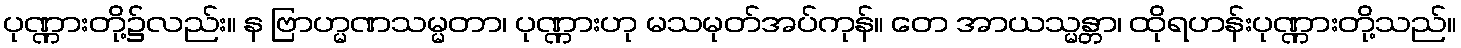
ပုဏ္ဏားတို့၌လည်း။ န ဗြာဟ္မဏသမ္မတာ၊ ပုဏ္ဏားဟု မသမုတ်အပ်ကုန်။ တေ အာယသ္မန္တာ၊ ထိုရဟန်းပုဏ္ဏားတို့သည်။